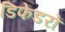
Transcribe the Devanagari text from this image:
डिफेंडरों